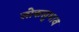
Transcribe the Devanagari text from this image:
लोकलुभाव